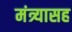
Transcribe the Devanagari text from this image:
मंत्र्यासह